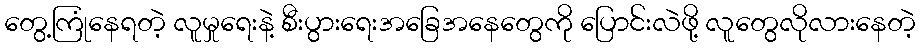
တွေ့ကြုံနေရတဲ့ လူမှုရေးနဲ့ စီးပွားရေးအခြေအနေတွေကို ပြောင်းလဲဖို့ လူတွေလိုလားနေတဲ့